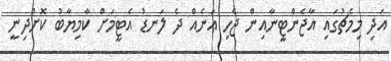
އަދި މިމެޗުގައި އާޖެންޓީނާއިން ޖެހި އަނެއް ދެ ލަނޑު އެޓީމަށް ކާމިޔާބު ކޮށްދިނީ